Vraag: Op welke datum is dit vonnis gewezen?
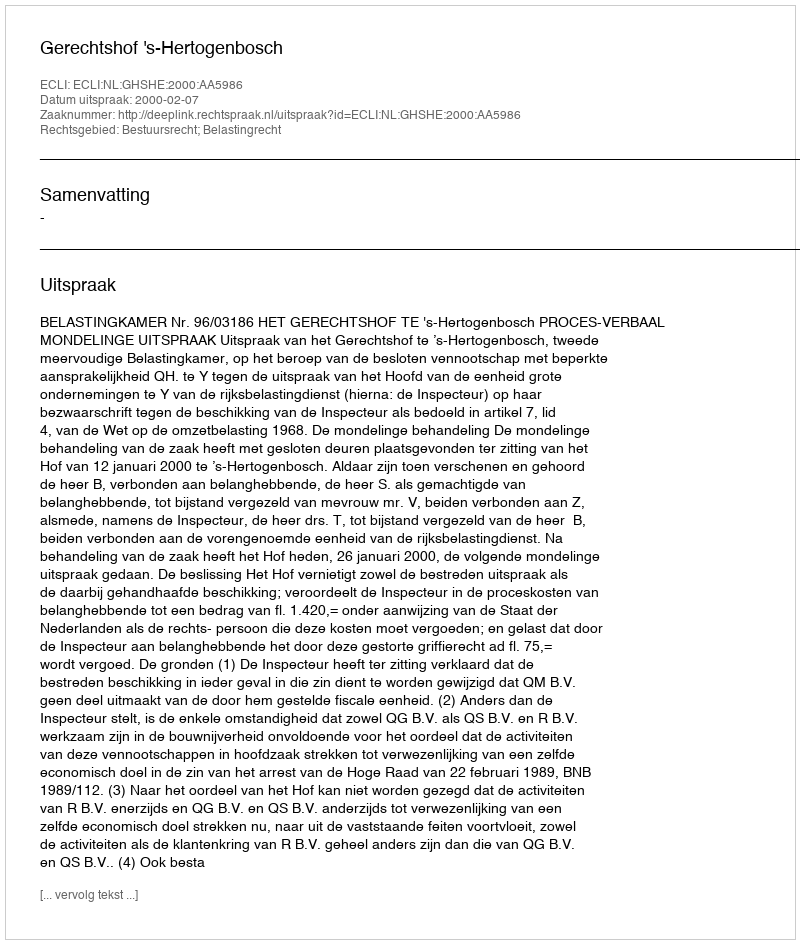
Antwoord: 2000-02-07